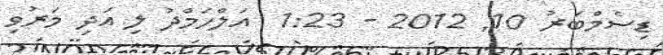
ޑިސެމްބަރު 10